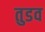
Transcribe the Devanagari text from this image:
तुडव